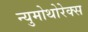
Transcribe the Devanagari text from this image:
न्युमोथोरेक्स